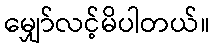
မျှော်လင့်မိပါတယ်။